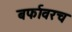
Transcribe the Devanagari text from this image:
बर्फावरच